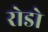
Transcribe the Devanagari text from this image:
रोडो